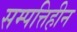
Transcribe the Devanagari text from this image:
सम्पत्तिहीन